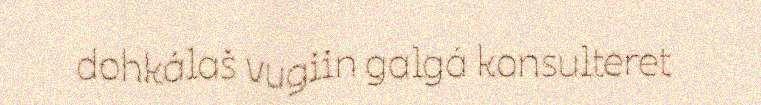
dohkálaš vugiin galgá konsulteret